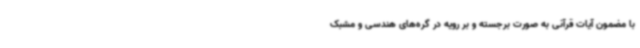
با مضمون آیات قرآنی به صورت برجسته و بر رویه در گره‌های هندسی و مشبک